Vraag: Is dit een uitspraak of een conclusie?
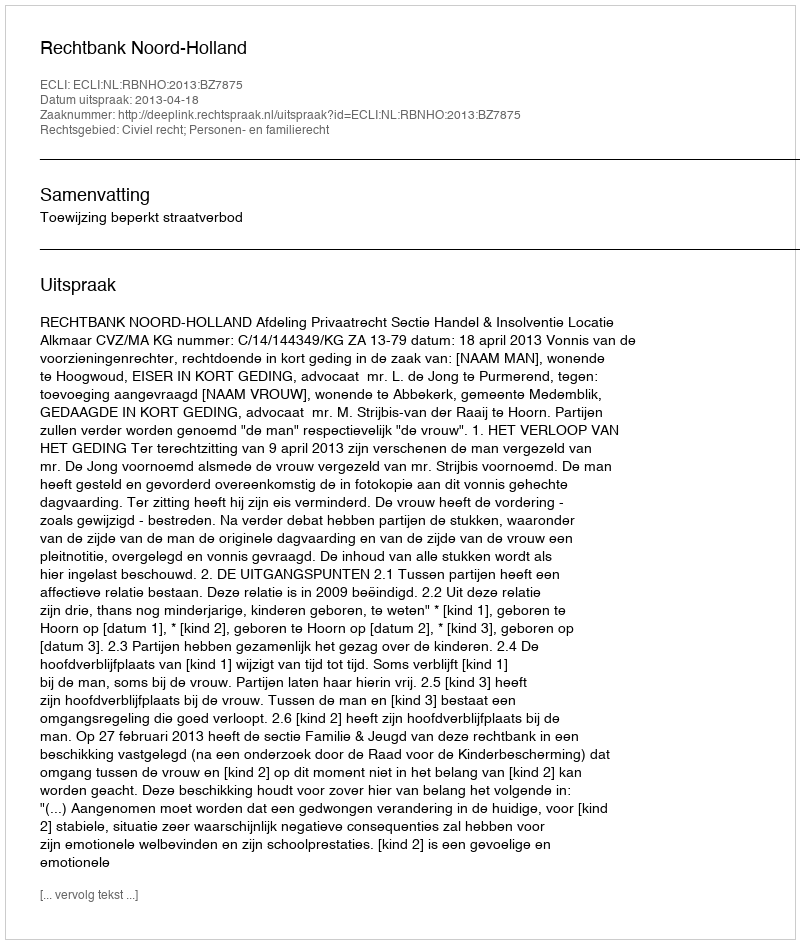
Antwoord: Uitspraak